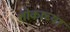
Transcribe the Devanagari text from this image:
शोकाच्या